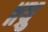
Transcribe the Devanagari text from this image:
॥ध्रु